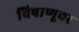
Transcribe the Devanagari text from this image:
विषाणूवर